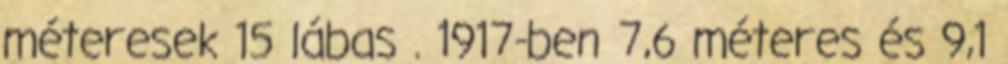
méteresek 15 lábas . 1917-ben 7,6 méteres és 9,1